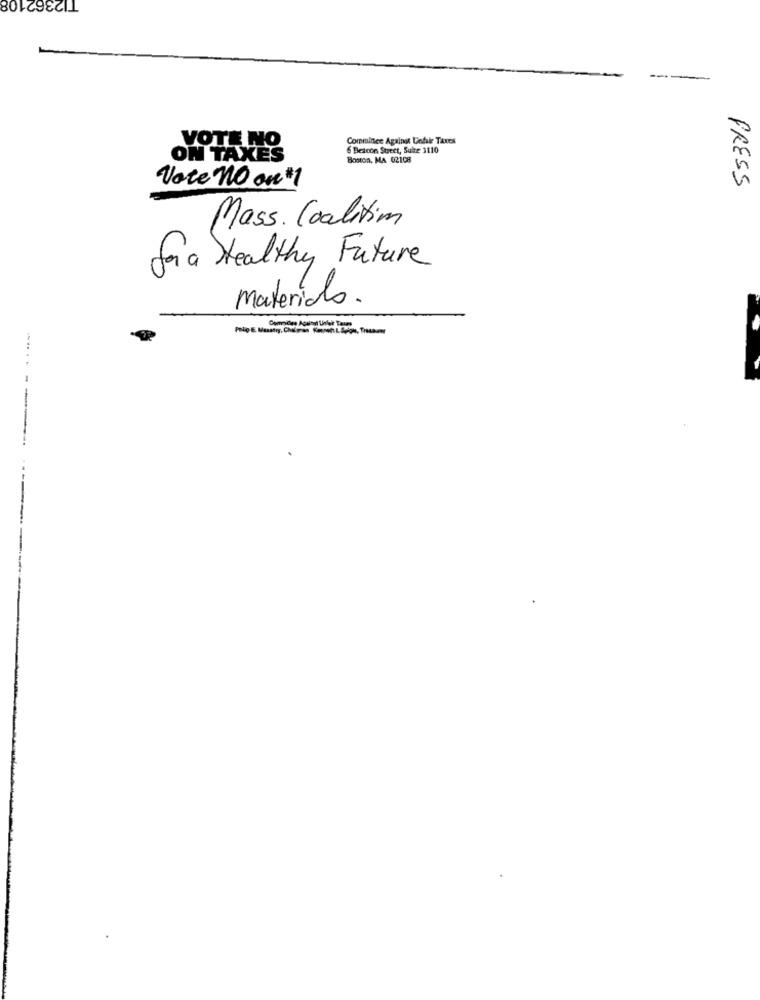
TI2362108
Commince Against Unfake Taxes
VOTE NO
6 Beicon Street, Suite 3110
ON TAXES
Boston, MA 02108
Vote No one #1
PRESS
Mass. Coalitim
Saa Healthy Future
materials.
Pip E. Masatış, Choliran Kwww.L.Selon, Tratar
--
--.